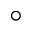
^ { \circ }